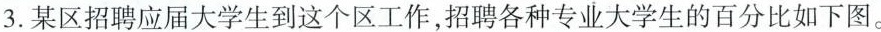
3.某区招聘应届大学生到这个区工作，招聘各种专业大学生的百分比如下图。